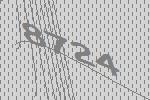
8724